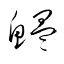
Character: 鰛